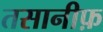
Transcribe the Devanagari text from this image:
तसानीफ़